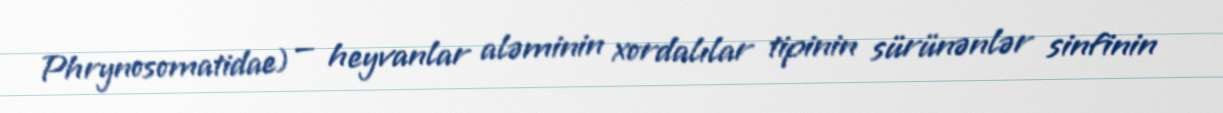
Phrynosomatidae) — heyvanlar aləminin xordalılar tipinin sürünənlər sinfinin